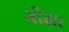
ગોઢાર